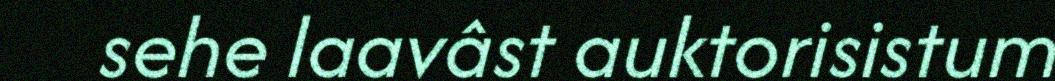
sehe laavâst auktorisistum